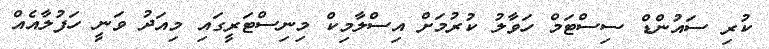
ކުރި ސައުންޑް ސިސްޓަމް ހަވާލު ކުރުމަށް އިސްލާމިކް މިނިސްޓަރީގައި މިއަދު ވަނީ ހަފުލާއެއް